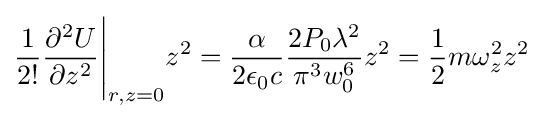
{\frac {1}{2!}}{\frac {\partial ^{2}U}{\partial z^{2}}}{\Biggr |}_{r,z=0}z^{2}={\frac {\alpha }{2\epsilon _{0}c}}{\frac {2P_{0}\lambda ^{2}}{\pi ^{3}w_{0}^{6}}}z^{2}={\frac {1}{2}}m\omega _{z}^{2}z^{2}